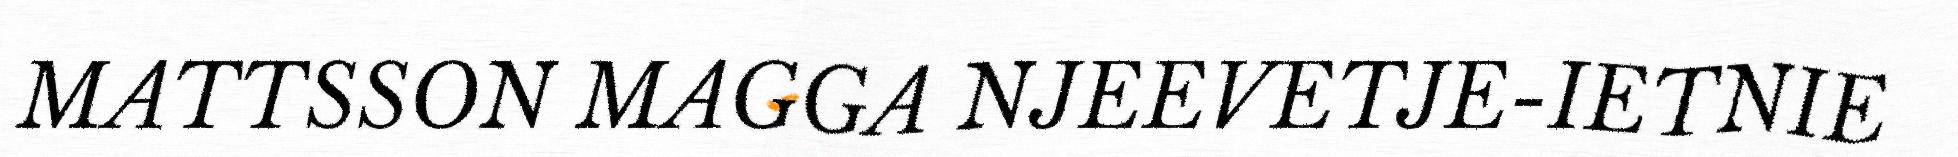
MATTSSON MAGGA NJEEVETJE-IETNIE